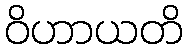
ဝိဟာယတိ